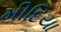
મીદિયા